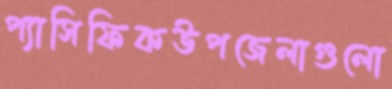
প্যাসিফিকউপজেলাগুলো